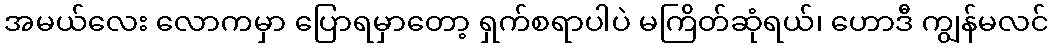
အမယ်လေး လောကမှာ ပြောရမှာတော့ ရှက်စရာပါပဲ မကြိတ်ဆုံရယ်၊ ဟောဒီ ကျွန်မလင်